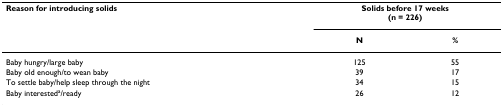
| Reason for introducing solids | <COLSPAN=2> Solids before 17 weeks(n = 226) |
 |  | N | % |
 | --- | --- | --- |
 | Baby hungry/large baby | 125 | 55 |
 | Baby old enough/to wean baby | 39 | 17 |
 | To settle baby/help sleep through the night | 34 | 15 |
 | Baby interesteda/ready | 26 | 12 |